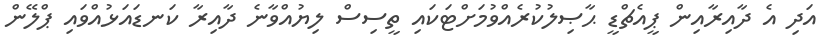
އަދި އެ ދާއިރާއިން ޕީއެޗްޑީ ޙާޞިލުކުރެއްވުމަށްޓަކައި ތީސިސް ލިޔުއްވާނެ ދާއިރާ ކަނޑައަޅުއްވައި ޕްލޭން